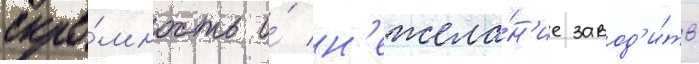
скро́мность и́ н'ежела́н'ие завод'и́ть